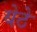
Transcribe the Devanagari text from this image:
येठे